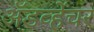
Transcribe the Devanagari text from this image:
अॅडव्हेंचर